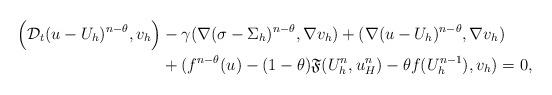
LaTeX: \begin{align*}\Big{(}\mathcal{D}_t(u-U_h)^{n-\theta},v_h\Big{)}&-\gamma(\nabla (\sigma-\Sigma_h)^{n-\theta},\nabla v_h)+(\nabla (u-U_h)^{n-\theta},\nabla v_h)\\&+(f^{n-\theta}(u)-(1-\theta)\mathfrak{F}(U_{h}^{n},u_{H}^{n})-\theta f(U_{h}^{n-1}),v_h)=0,\end{align*}